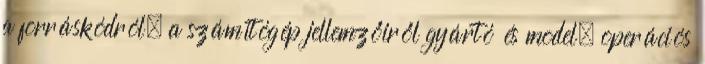
a forráskódról, a számítógép jellemzőiről gyártó és model, operációs